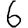
Digit: 6